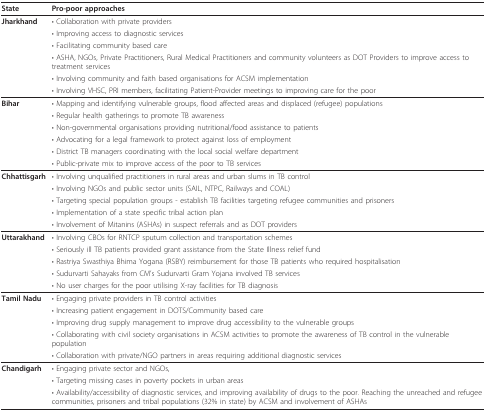
<table><thead><tr><td><b>State</b></td><td><b>Pro-poor approaches</b></td></tr></thead><tbody><tr><td><b>Jharkhand</b></td><td>• Collaboration with private providers</td></tr><tr><td></td><td>• Improving access to diagnostic services</td></tr><tr><td></td><td>• Facilitating community based care</td></tr><tr><td></td><td>• ASHA, NGOs, Private Practitioners, Rural Medical Practitioners and community volunteers as DOT Providers to improve access to treatment services</td></tr><tr><td></td><td>• Involving community and faith based organisations for ACSM implementation</td></tr><tr><td></td><td>• Involving VHSC, PRI members, facilitating Patient-Provider meetings to improving care for the poor</td></tr><tr><td><b>Bihar</b></td><td>• Mapping and identifying vulnerable groups, flood affected areas and displaced (refugee) populations</td></tr><tr><td></td><td>• Regular health gatherings to promote TB awareness</td></tr><tr><td></td><td>• Non-governmental organisations providing nutritional/food assistance to patients</td></tr><tr><td></td><td>• Advocating for a legal framework to protect against loss of employment</td></tr><tr><td></td><td>• District TB managers coordinating with the local social welfare department</td></tr><tr><td></td><td>• Public-private mix to improve access of the poor to TB services</td></tr><tr><td><b>Chhattisgarh</b></td><td>• Involving unqualified practitioners in rural areas and urban slums in TB control</td></tr><tr><td></td><td>• Involving NGOs and public sector units (SAIL, NTPC, Railways and COAL)</td></tr><tr><td></td><td>• Targeting special population groups - establish TB facilities targeting refugee communities and prisoners</td></tr><tr><td></td><td>• Implementation of a state specific tribal action plan</td></tr><tr><td></td><td>• Involvement of Mitanins (ASHAs) in suspect referrals and as DOT providers</td></tr><tr><td><b>Uttarakhand</b></td><td>• Involving CBOs for RNTCP sputum collection and transportation schemes</td></tr><tr><td></td><td>• Seriously ill TB patients provided grant assistance from the State Illness relief fund</td></tr><tr><td></td><td>• Rastriya Swasthiya Bhima Yogana (RSBY) reimbursement for those TB patients who required hospitalisation</td></tr><tr><td></td><td>• Sudurvarti Sahayaks from CM&#x27;s Sudurvarti Gram Yojana involved TB services</td></tr><tr><td></td><td>• No user charges for the poor utilising X-ray facilities for TB diagnosis</td></tr><tr><td><b>Tamil Nadu</b></td><td>• Engaging private providers in TB control activities</td></tr><tr><td></td><td>• Increasing patient engagement in DOTS/Community based care</td></tr><tr><td></td><td>• Improving drug supply management to improve drug accessibility to the vulnerable groups</td></tr><tr><td></td><td>• Collaborating with civil society organisations in ACSM activities to promote the awareness of TB control in the vulnerable population</td></tr><tr><td></td><td>• Collaboration with private/NGO partners in areas requiring additional diagnostic services</td></tr><tr><td><b>Chandigarh</b></td><td>• Engaging private sector and NGOs,</td></tr><tr><td></td><td>• Targeting missing cases in poverty pockets in urban areas</td></tr><tr><td></td><td>• Availability/accessibility of diagnostic services, and improving availability of drugs to the poor. Reaching the unreached and refugee communities, prisoners and tribal populations (32% in state) by ACSM and involvement of ASHAs</td></tr></tbody></table>